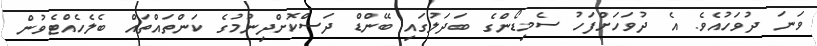
ވަނަ ދުވަހުއެވެ. އެ ދުވަހަށްފަހު ސެމިޑޯންގެ ބަދަލުގައި ބޭންޑް ދަސްކޮށްދިނުމުގެ ކަންތައްތައް ބެލެހެއްޓެވުން